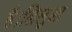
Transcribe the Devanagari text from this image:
है।लिलुआ